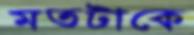
মতটাকে